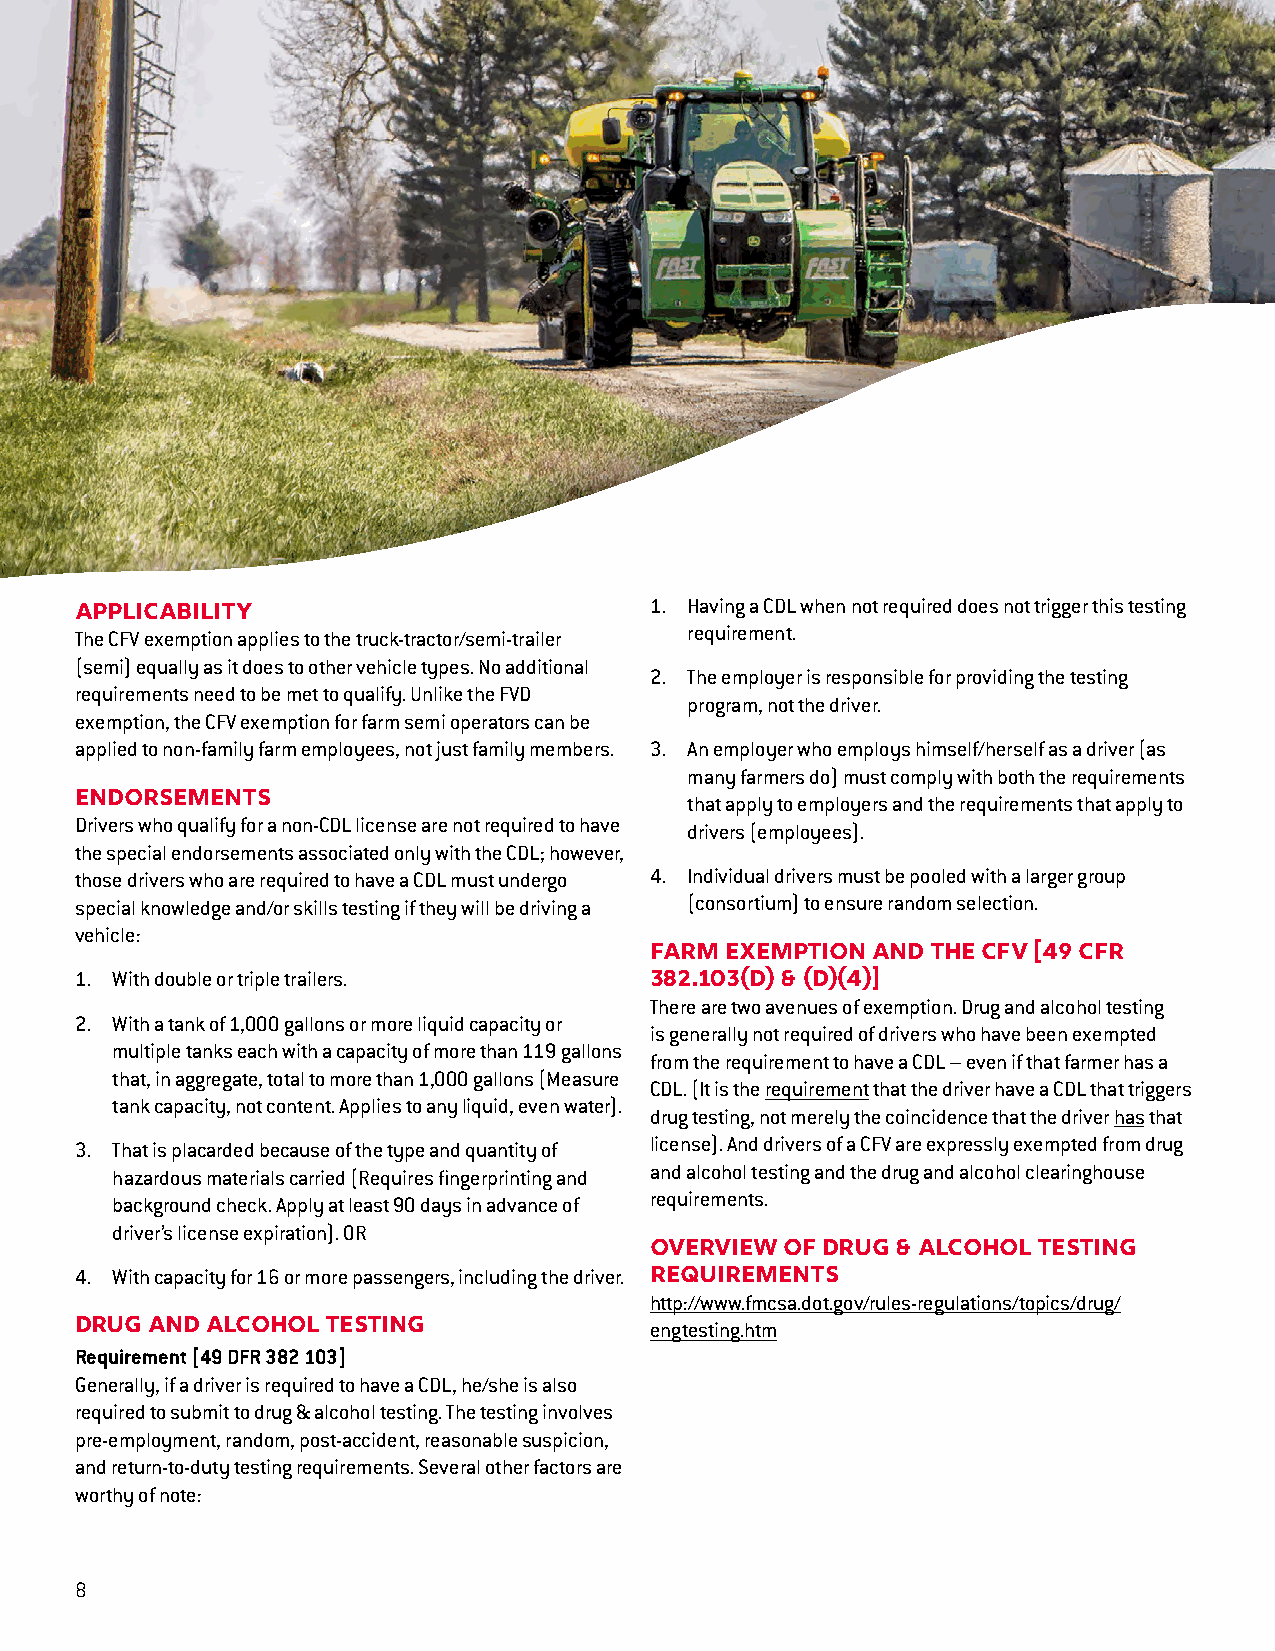
1. Having a CDL when not required does not trigger this testing
 Applicability
 The CFV exemption applies to the truck-tractor/semi-trailer requirement.
 (semi) equally as it does to other vehicle types. No additional
 2. The employer is responsible for providing the testing
 requirements need to be met to qualify. Unlike the FVD
 program, not the driver.
 exemption, the CFV exemption for farm semi operators can be
 applied to non-family farm employees, not just family members. 3. An employer who employs himself/herself as a driver (as
 many farmers do) must comply with both the requirements
 Endorsements                             that apply to employers and the requirements that apply to
 Drivers who qualify for a non-CDL license are not required to have
 drivers (employees).
 the special endorsements associated only with the CDL; however,
 those drivers who are required to have a CDL must undergo 4. Individual drivers must be pooled with a larger group
 special knowledge and/or skills testing if they will be driving a (consortium) to ensure random selection.
 vehicle:
 Farm Exemption and the CFV [49 CFR
 1. With double or triple trailers.    382.103(d) & (d)(4)]
 There are two avenues of exemption. Drug and alcohol testing
 2. With a tank of 1,000 gallons or more liquid capacity or
 is generally not required of drivers who have been exempted
 multiple tanks each with a capacity of more than 119 gallons
 from the requirement to have a CDL – even if that farmer has a
 that, in aggregate, total to more than 1,000 gallons (Measure
 CDL. (It is the requirement that the driver have a CDL that triggers
 tank capacity, not content. Applies to any liquid, even water).
 drug testing, not merely the coincidence that the driver has that
 3. That is placarded because of the type and quantity of license). And drivers of a CFV are expressly exempted from drug
 hazardous materials carried (Requires fingerprinting and and alcohol testing and the drug and alcohol clearinghouse
 background check. Apply at least 90 days in advance of requirements.
 driver’s license expiration). OR
 Overview of Drug & Alcohol testing
 4. With capacity for 16 or more passengers, including the driver. Requirements
 http://www.fmcsa.dot.gov/rules-regulations/topics/drug/
 Drug and Alcohol Testing              engtesting.htm
 Requirement [49 DFR 382 103]
 Generally, if a driver is required to have a CDL, he/she is also
 required to submit to drug & alcohol testing. The testing involves
 pre-employment, random, post-accident, reasonable suspicion,
 and return-to-duty testing requirements. Several other factors are
 worthy of note:
 88